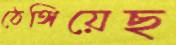
ঠেঙ্গিয়েছ